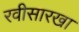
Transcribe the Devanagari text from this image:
रवीसारखा